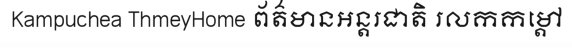
Kampuchea ThmeyHome ព័ត៌មានអន្តរជាតិ រលកកម្តៅ